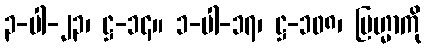
၃-ပါ-၂၃၊ ဋ္ဌ-၁၄။ ၁-ပါ-၁၇၊ ဋ္ဌ-၁၀၈၊ ဗြဟ္မာကို